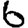
Digit: 6